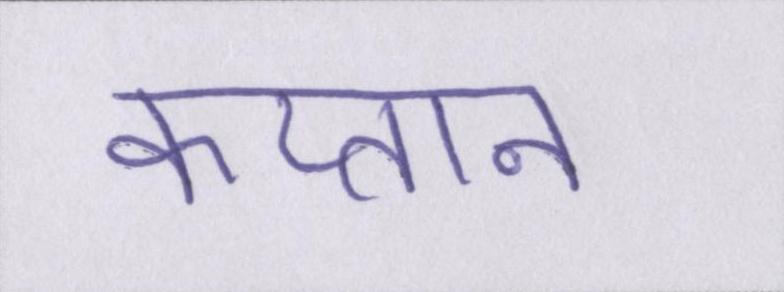
कप्तान